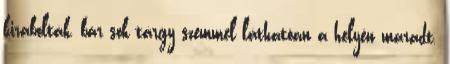
kirabolták, bár sok tárgy szemmel láthatóan a helyén maradt.